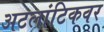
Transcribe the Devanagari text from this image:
अटलांटिकवर